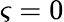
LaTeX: \varsigma=0